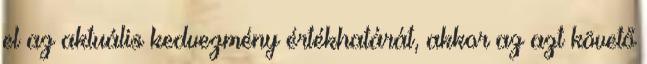
el az aktuális kedvezmény értékhatárát, akkor az azt követő